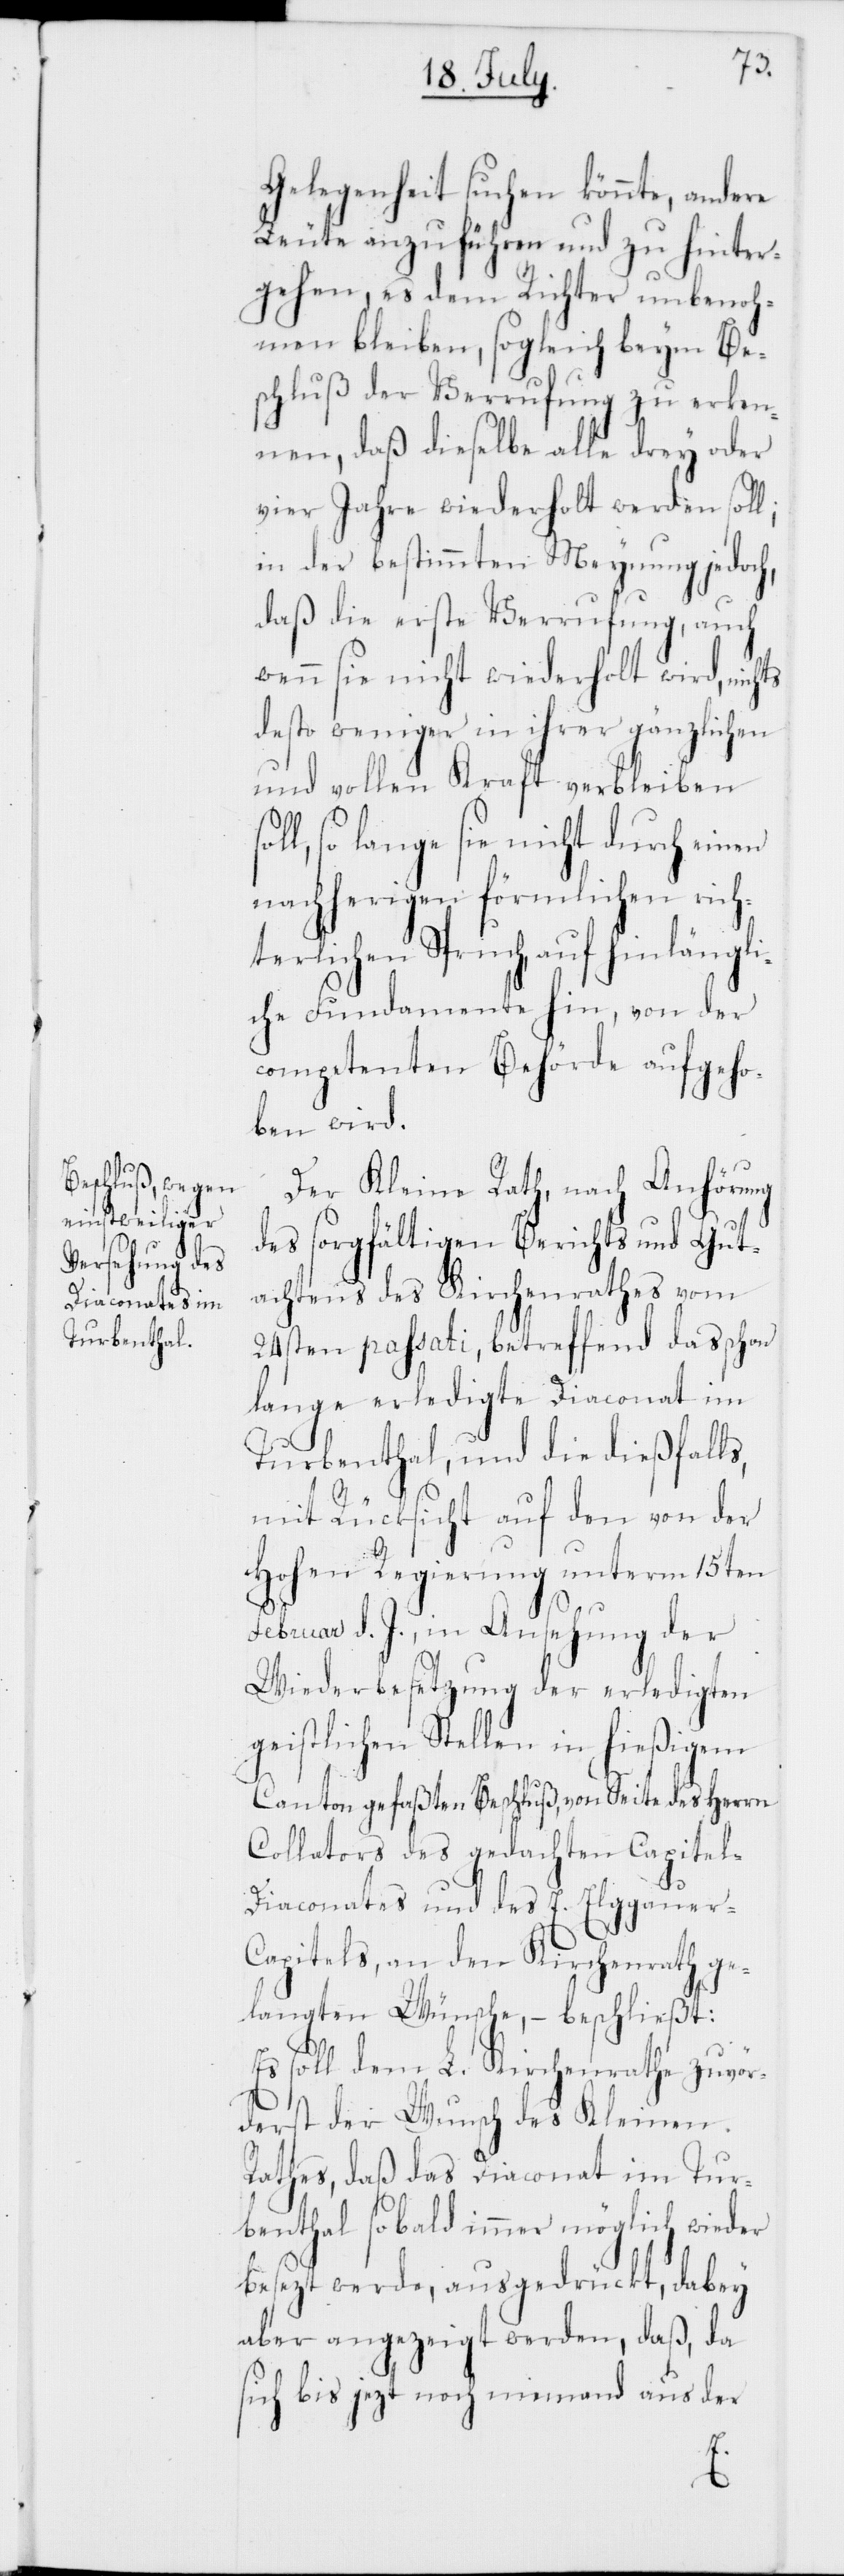
so¬

Gelegenheit suchen könnte, andere
Leute anzuführen und zu hinter¬
gehen, es dem Richter unbenoh¬
men bleiben, sogleich beym Be¬
schluß der Verrufung zu erken¬
nen, daß dieselbe alle drey oder
vier Jahre wiederholt werden soll;
in der bestimmten Meynung jedoch,
daß die erste Verrufung, auch
wenn sie nicht wiederholt wird, nichts
desto weniger in ihrer gänzlichen
und vollen Kraft verbleiben
ll, so lange sie nicht durch einen
nachherigen förmlichen rich¬
terlichen Spruch, auf hinlängli¬
che Fundamente hin, von der
competenten Behörde aufgeho¬
ben wird.
Der Kleine Rath, nach Anhörung
des sorgfältigen Berichts und Gut¬
achtens des Kirchenrathes vom
24sten passati, betreffend das schon
lange erledigte Diaconat im
Turbenthal, und die dießfalls,
mit Rücksicht auf den von der
Hohen Regierung unterm 15ten
Februar d. J., in Ansehung der
Wiederbesetzung der erledigten
geistlichen Stellen in hießigem
Canton gefaßten Beschluß, von Seite des Herrn
Collators des gedachten Capite¬
l-Diaconates und des E. Elggauer-C¬
apitels, an den Kirchenrath ge¬
langten Wünsche, – beschließt:
Es soll dem L. Kirchenrathe zuvör¬
derst der Wunsch des Kleinen
Rathes, daß das Diaconat im Tur¬
benthal so bald immer möglich wieder
besezt werde, ausgedrückt, dabey
aber angezeigt werden, daß, da
sich bis jezt noch niemand aus der